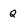
Character: Q